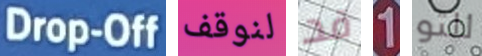
Drop-Off لنوقف قد 1 للتو